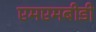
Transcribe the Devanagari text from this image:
एमएमबीडी